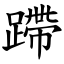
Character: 蹛